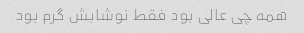
همه چی عالی بود فقط نوشابش گرم بود